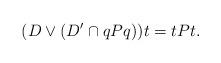
LaTeX: \begin{align*} (D\vee (D'\cap qPq))t = t P t.\end{align*}